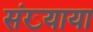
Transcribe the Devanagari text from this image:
संख्याया